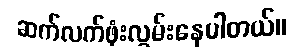
ဆက်လက်ဖုံးလွှမ်းနေပါတယ်။